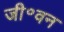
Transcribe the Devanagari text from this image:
जी॰वन